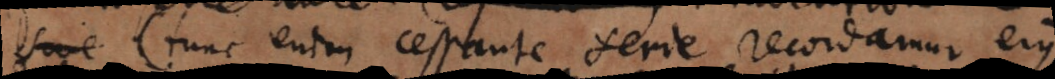
(tunc enim cessante serie recordamur ejus